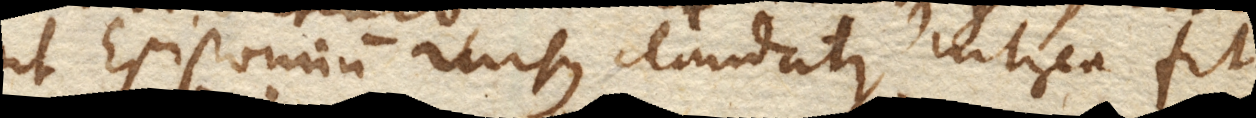
ut Epistomium rursus claudatur, interea fit